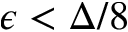
\epsilon < \Delta / 8